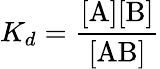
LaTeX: K_{d}=\mathrm{\frac{[A][B]}{[AB]}}